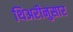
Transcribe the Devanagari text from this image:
थिअरीनुसार